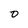
Character: O